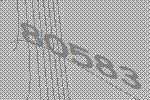
80583